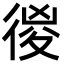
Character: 㣭